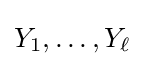
Y_{1},\dots ,Y_{\ell }